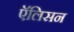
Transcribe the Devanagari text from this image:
एॅलिसन